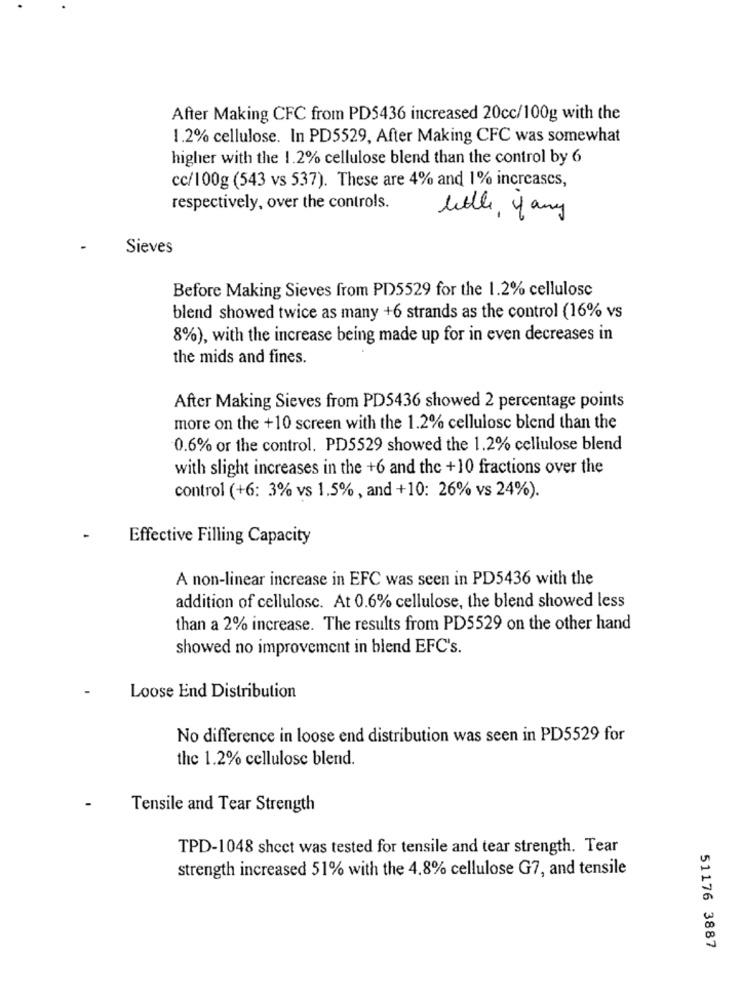
After Making CFC from PD5436 increased 20cc/100g with the
1.2% cellulose. In PD5529, After Making CFC was somewhat
higher with the 1.2% cellulose blend than the control by 6
cc/100g (543 vs 537). These are 4% and 1% increases,
respectively, over the controls.
little, y any
Sieves
Before Making Sieves from PD5529 for the 1.2% cellulose
blend showed twice as many +6 strands as the control (16% vs
8%), with the increase being made up for in even decreases in
the mids and fines.
After Making Sieves from PDS436 showed 2 percentage points
more on the +10 screen with the 1.2% cellulose blend than the
0.6% or the control. PD5529 showed the 1.2% cellulose blend
with slight increases in the +6 and the +10 fractions over the
control (+6: 3% vs 1.5% , and +10: 26% vs 24%).
Effective Filling Capacity
A non-linear increase in EFC was seen in PD5436 with the
addition of cellulose. At 0.6% cellulose, the blend showed less
than a 2% increase. The results from PD5529 on the other hand
showed no improvement in blend EFC's.
Loose End Distribution
No difference in loose end distribution was seen in PD5529 for
the 1.2% cellulose blend.
Tensile and Tear Strength
TPD-1048 sheet was tested for tensile and tear strength. Tear
strength increased 51% with the 4.8% cellulose G7, and tensile
51176 3887